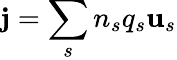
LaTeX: {\mathbf j}=\sum_{s}n_{s}q_{s}{\mathbf u}_{s}